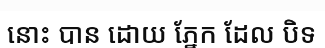
នោះ បាន ដោយ ភ្នែក ដែល បិទ